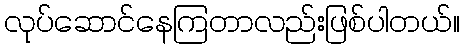
လုပ်ဆောင်နေကြတာလည်းဖြစ်ပါတယ်။